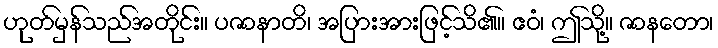
ဟုတ်မှန်သည်အတိုင်း။ ပဇာနာတိ၊ အပြားအားဖြင့်သိ၏။ ဧဝံ၊ ဤသို့။ ဇာနတော၊